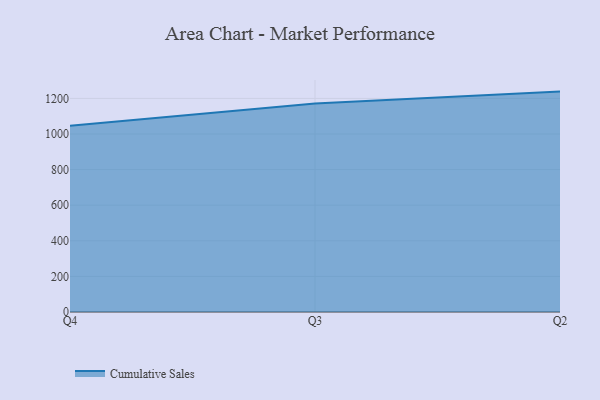
{"axis": {"x": "Quarter", "y": "Churn Rate (%)"}, "legend": ["Cumulative Sales"], "data": [{"x": "Q4", "y": 1046.7, "type": "Cumulative Sales"}, {"x": "Q3", "y": 1170.8, "type": "Cumulative Sales"}, {"x": "Q2", "y": 1238.2, "type": "Cumulative Sales"}]}